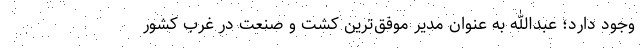
وجود دارد؛ عبدالله به عنوان مدیر موفق‌ترین کشت و صنعت در غرب کشور